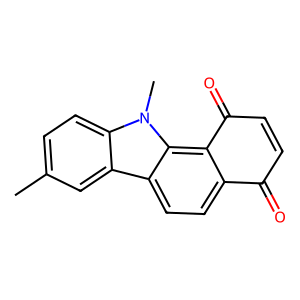
SMILES: Cc1ccc2c(c1)c1ccc3c(c1n2C)C(=O)C=CC3=O
Inhibits HIV replication: No